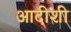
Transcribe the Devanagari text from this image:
आदीशी